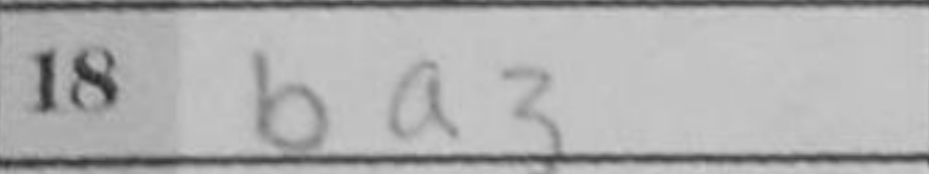
Transcription: ba3